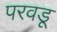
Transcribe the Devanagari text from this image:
परवडू